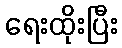
ရေးထိုးပြီး